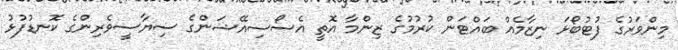
މިންވަރުގެ ފުޓުބޯޅަ ނިޒާމެއް ބައްޓަން ކުރުމުގެ ޒިންމާ އޮތީ އެސޯސިއޭޝަންގެ ސިޔާސީވެރިންގެ ކޮނޑުފުޅު